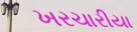
ખરચારીયા